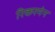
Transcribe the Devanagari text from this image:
रिकरमेन